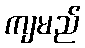
ကျမည်